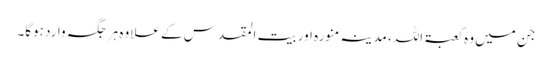
جن میں وہ کعبۃ اللہ، مدینہ منورہ اور بیت المقدس کے علاوہ ہر جگہ وارد ہوگا۔